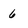
Character: 6